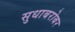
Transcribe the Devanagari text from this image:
सुधाबरोबर